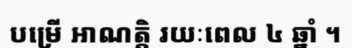
បម្រើ អាណត្តិ រយៈពេល ៤ ឆ្នាំ ។